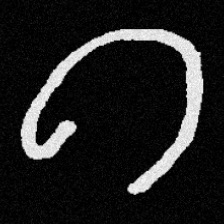
Pyu character \u2014 Myanmar letter: ဂ (romanized: ga)